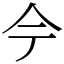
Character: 𫝆